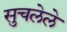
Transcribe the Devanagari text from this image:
सुचलेले